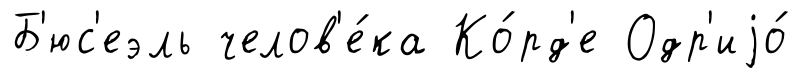
Б'юс'еэль челов'е́ка Ко́рд'е Одр'иjо́